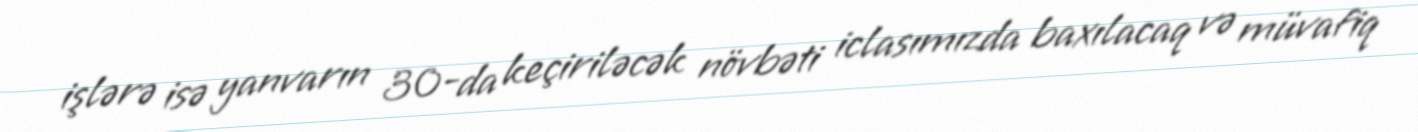
işlərə isə yanvarın 30-da keçiriləcək növbəti iclasımızda baxılacaq və müvafiq